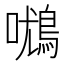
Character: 𰈾